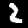
Label: 2